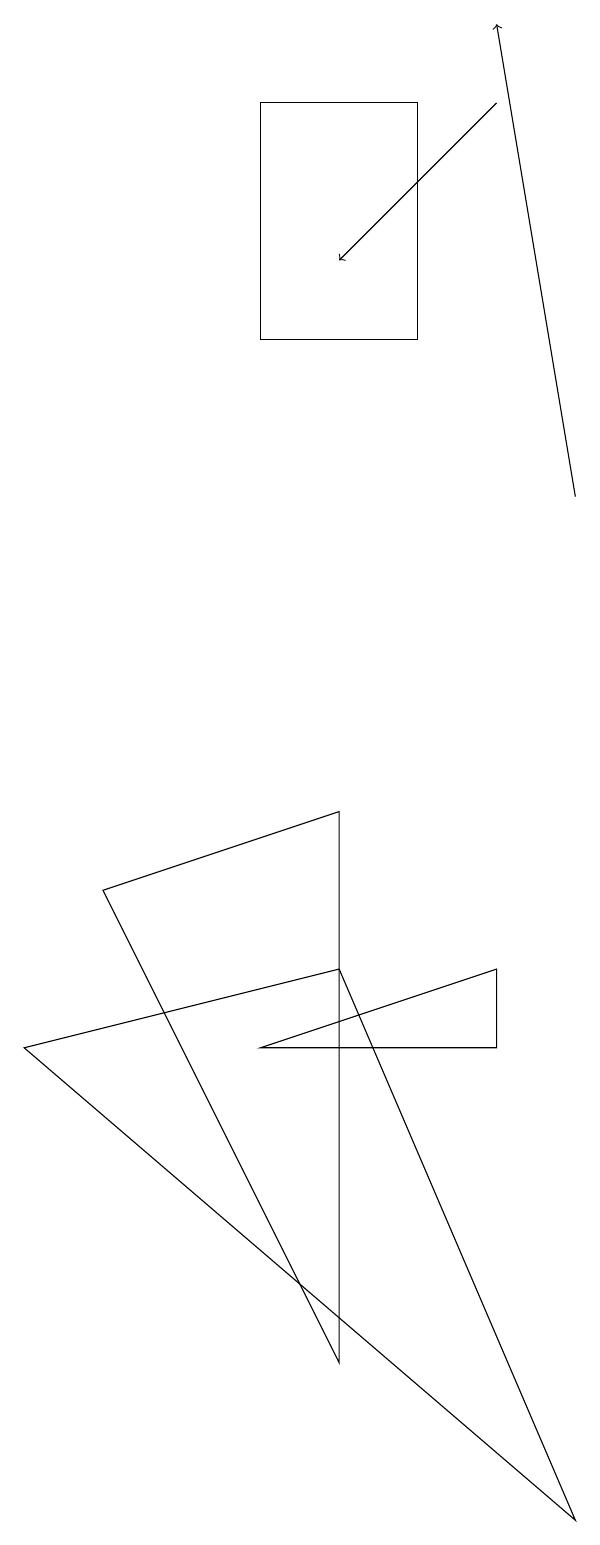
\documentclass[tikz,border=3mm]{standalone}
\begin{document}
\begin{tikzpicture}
\draw[->] (8,13) -- (7,19);
\draw (7,6) -- (7,7) -- (4,6) -- cycle;
\draw[->] (7,18) -- (5,16);
\draw (2,8) -- (5,9) -- (5,2) -- cycle;
\draw (1,6) -- (5,7) -- (8,0) -- cycle;
\draw (6,15) rectangle (4,18);
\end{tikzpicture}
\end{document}